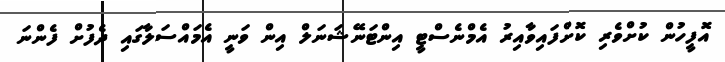
އޮފީހުން ކުށްވެރި ކޮށްފައިވާއިރު އެމްނެސްޓީ އިންޓަނޭޝަނަލް އިން ވަނީ އެމައްސަލާގައި ދެފުށް ފެންނަ